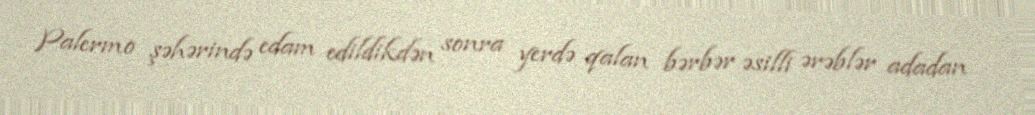
Palermo şəhərində edam edildikdən sonra yerdə qalan bərbər əsilli ərəblər adadan